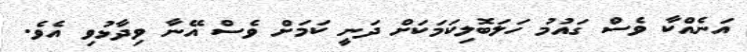
އަނެއްކާ ވެސް ގައުމު ހަލަބޮލިކަމަކަށް ދަނީ ކަމަށް ވެސް އޭނާ ވިދާޅުވި އެވެ.